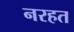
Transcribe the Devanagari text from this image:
नरहत